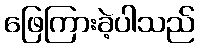
ဖြေကြားခဲ့ပါသည်